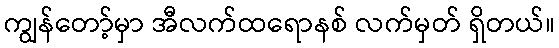
ကျွန်တော့်မှာ အီလက်ထရောနစ် လက်မှတ် ရှိတယ်။